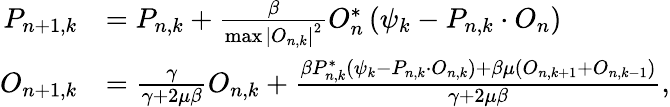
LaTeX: \begin{array}{rl}{P_{n+1,k}}&{=P_{n,k}+\frac{\beta}{\operatorname*{max}\left|O_{n,k}\right|^{2}}O_{n}^{*}\left(\psi_{k}-P_{n,k}\cdot O_{n}\right)}\\ {O_{n+1,k}}&{=\frac{\gamma}{\gamma+2\mu\beta}O_{n,k}+\frac{\beta P_{n,k}^{*}\left(\psi_{k}-P_{n,k}\cdot O_{n,k}\right)+\beta\mu\left(O_{n,k+1}+O_{n,k-1}\right)}{\gamma+2\mu\beta},}\end{array}